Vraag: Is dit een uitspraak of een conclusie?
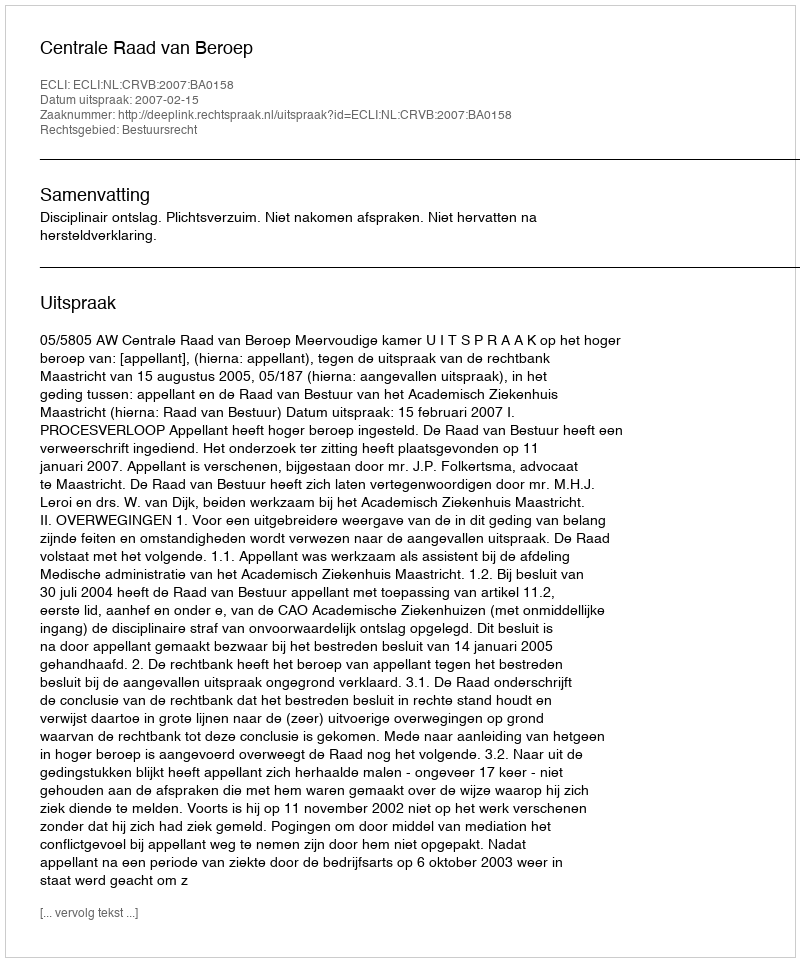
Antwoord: Uitspraak